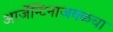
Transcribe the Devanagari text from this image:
आर्जेन्टिनाजवळचा